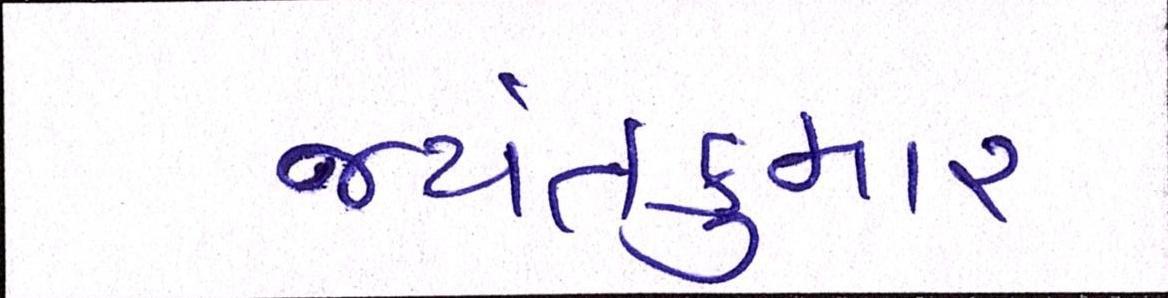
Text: જયંતકુમાર